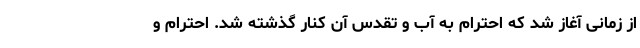
از زمانی آغاز شد که احترام به آب و تقدس آن کنار گذشته شد. احترام و